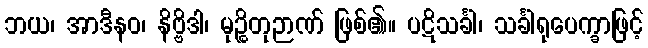
ဘယ၊ အာဒီနဝ၊ နိဗ္ဗိဒါ၊ မုဉ္စိတုဉာဏ် ဖြစ်၏။ ပဋိသင်္ခါ၊ သင်္ခါရုပေက္ခာဖြင့်